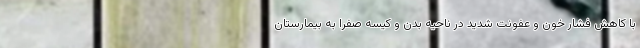
با کاهش فشار خون و عفونت شدید در ناحیه بدن و کیسه صفرا به بیمارستان